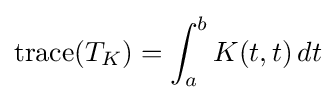
\operatorname {trace} (T_{K})=\int _{a}^{b}K(t,t)\,dt